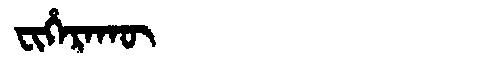
Manchu: ᠸᡳᡥᡝᡵᠠᡴᡡ
Romanization: FIHERAKŪ